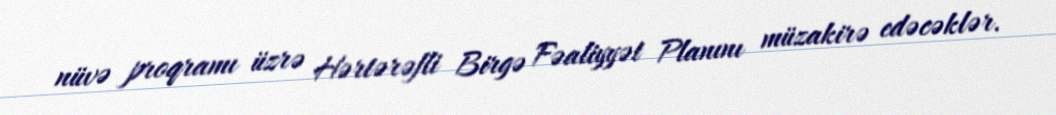
nüvə proqramı üzrə Hərtərəfli Birgə Fəaliyyət Planını müzakirə edəcəklər.